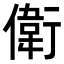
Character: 𬿭